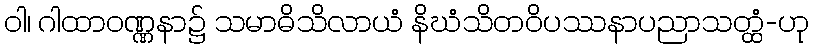
ဝါ၊ ဂါထာဝဏ္ဏနာ၌ သမာဓိသိလာယံ နိဃံသိတဝိပဿနာပညာသတ္ထံ-ဟု